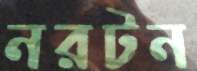
নরটন